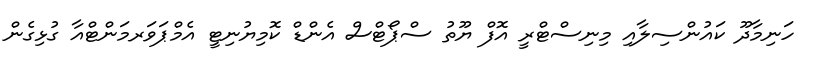
ހަނިމާދޫ ކައުންސިލާއި މިނިސްޓްރީ އޮފް ޔޫތު ސްޕޯޓްސް އެންޑް ކޮމިޔުނިޓީ އެމްޕަވަރމަންޓްއާ ގުޅިގެން